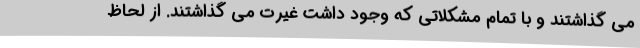
می گذاشتند و با تمام مشکلاتی که وجود داشت غیرت می گذاشتند. از لحاظ